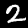
Digit: 2